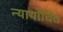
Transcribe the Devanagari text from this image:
न्‍यायोंचित